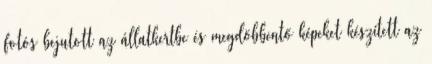
fotós bejutott az állatkertbe és megdöbbentő képeket készített az